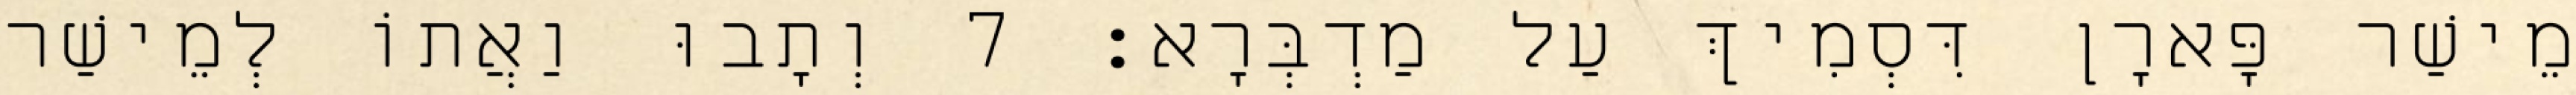
מֵישַׁר פָּארָן דִּסְמִיךְ עַל מַדְבְּרָא׃ 7 וְתָבוּ וַאֲתוֹ לְמֵישַׁר